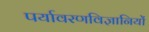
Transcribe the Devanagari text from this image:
पर्यावरणविज्ञानियों